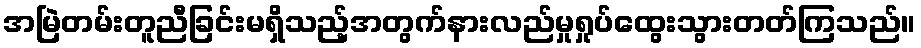
အမြဲတမ်းတူညီခြင်းမရှိသည့်အတွက်နားလည်မှုရှုပ်ထွေးသွားတတ်ကြသည်။